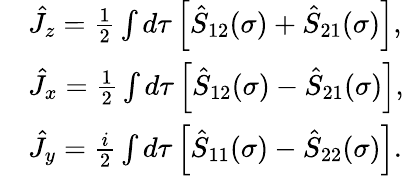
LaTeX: \begin{array}{rl}&{\hat{J}_{z}=\frac{1}{2}\int d\tau\left[\hat{S}_{12}(\sigma)+\hat{S}_{21}(\sigma)\right],}\\ &{\hat{J}_{x}=\frac{1}{2}\int d\tau\left[\hat{S}_{12}(\sigma)-\hat{S}_{21}(\sigma)\right],}\\ &{\hat{J}_{y}=\frac{i}{2}\int d\tau\left[\hat{S}_{11}(\sigma)-\hat{S}_{22}(\sigma)\right].}\end{array}